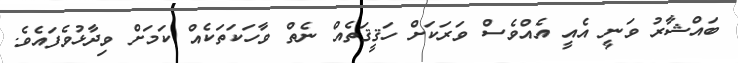
ބައްޝާރު ވަނީ އެއީ އެއްވެސް ވަރަކަށް ހަޤީޤަތެއް ނެތް ވާހަކަތަކެއް ކަމަށް ވިދާޅުވެފައެވެ.